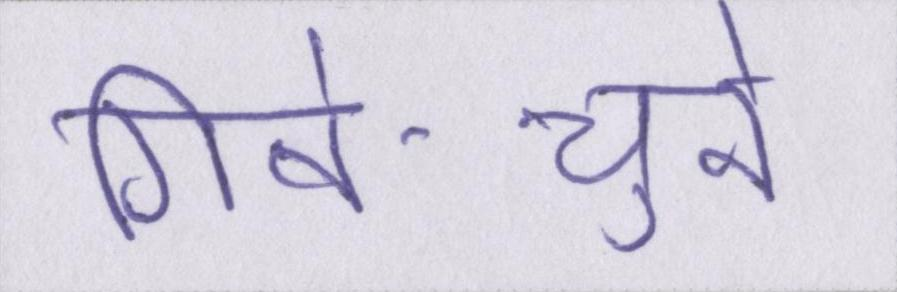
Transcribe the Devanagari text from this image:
गिने-चुने